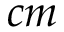
c m